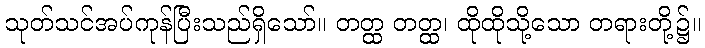
သုတ်သင်အပ်ကုန်ပြီးသည်ရှိသော်။ တတ္ထ တတ္ထ၊ ထိုထိုသို့သော တရားတို့၌။